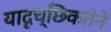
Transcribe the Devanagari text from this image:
यादृच्छिकतेने